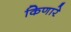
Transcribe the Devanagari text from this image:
किणारे